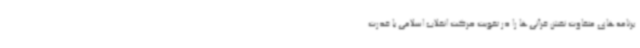
برنامه‌های متفاوت نقش قرآنی‌ها را در تقویت حرکت انقلاب اسلامی با قدرت